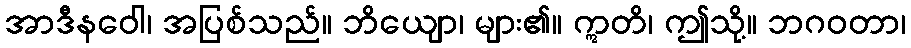
အာဒီနဝေါ၊ အပြစ်သည်။ ဘိယျော၊ များ၏။ ဣတိ၊ ဤသို့။ ဘဂဝတာ၊